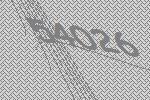
54026